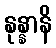
နုန္နာနိ